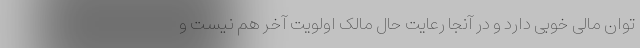
توان مالی خوبی دارد و در آنجا رعایت حال مالک اولویت آخر هم نیست و